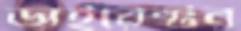
ডাইরেক্টর